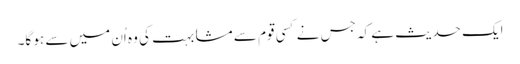
ایک حدیث ہے کہ جس نے کسی قوم سے مشابہت کی وہ اُن میں سے ہو گا۔